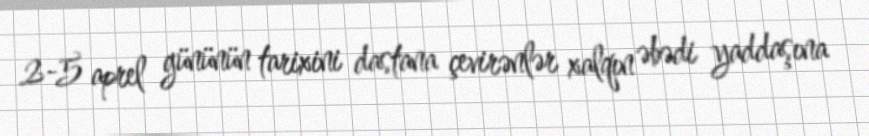
2-5 aprel gününün tarixini dastana çevirənlər xalqın əbədi yaddaşına